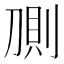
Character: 𰄸